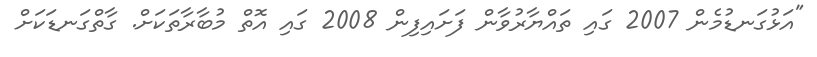
"އަޅުގަނޑުމެން 2007 ގައި ތައްޔާރުވާން ފަށައިފިން 2008 ގައި އޮތް މުބާރާތަކަށް. ގާތްގަނޑަކަށް